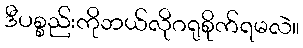
ဒီပစ္စည်းကိုဘယ်လိုဂရုစိုက်ရမလဲ။